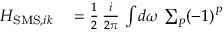
\begin{array} { r l } { H _ { \mathrm { S M S } , i k } } & { { } = \frac { 1 } { 2 } \, \frac { i } { 2 \pi } \, \int \! d \omega \, \sum _ { P } ( - 1 ) ^ { P } } \end{array}